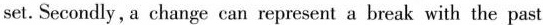
set. Secondly, a change can represent a break with the past